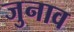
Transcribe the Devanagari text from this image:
जुनाव